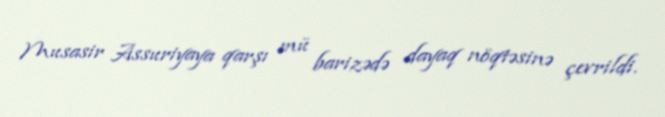
Musasir Assuriyaya qarşı mü barizədə dayaq nöqtəsinə çevrildi.